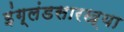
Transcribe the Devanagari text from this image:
इंग्लंडसारख्या